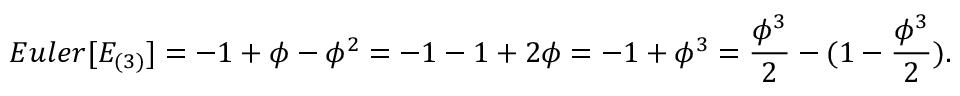
{ E u l e r } [ E _ { ( 3 ) } ] = - 1 + \phi - \phi ^ { 2 } = - 1 - 1 + 2 \phi = - 1 + \phi ^ { 3 } = { \frac { \phi ^ { 3 } } { 2 } } - ( 1 - { \frac { \phi ^ { 3 } } { 2 } } ) .